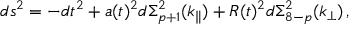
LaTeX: d s ^ { 2 } = - d t ^ { 2 } + a ( t ) ^ { 2 } d \Sigma _ { p + 1 } ^ { 2 } ( k _ { \parallel } ) + R ( t ) ^ { 2 } d \Sigma _ { 8 - p } ^ { 2 } ( k _ { \perp } ) \, ,